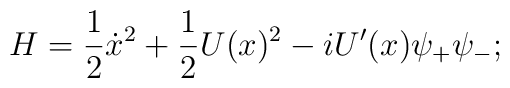
H=\frac{1}{2}\dot{x}^{2}+\frac{1}{2}U(x)^{2}-iU'(x)\psi_{+}\psi_{-};